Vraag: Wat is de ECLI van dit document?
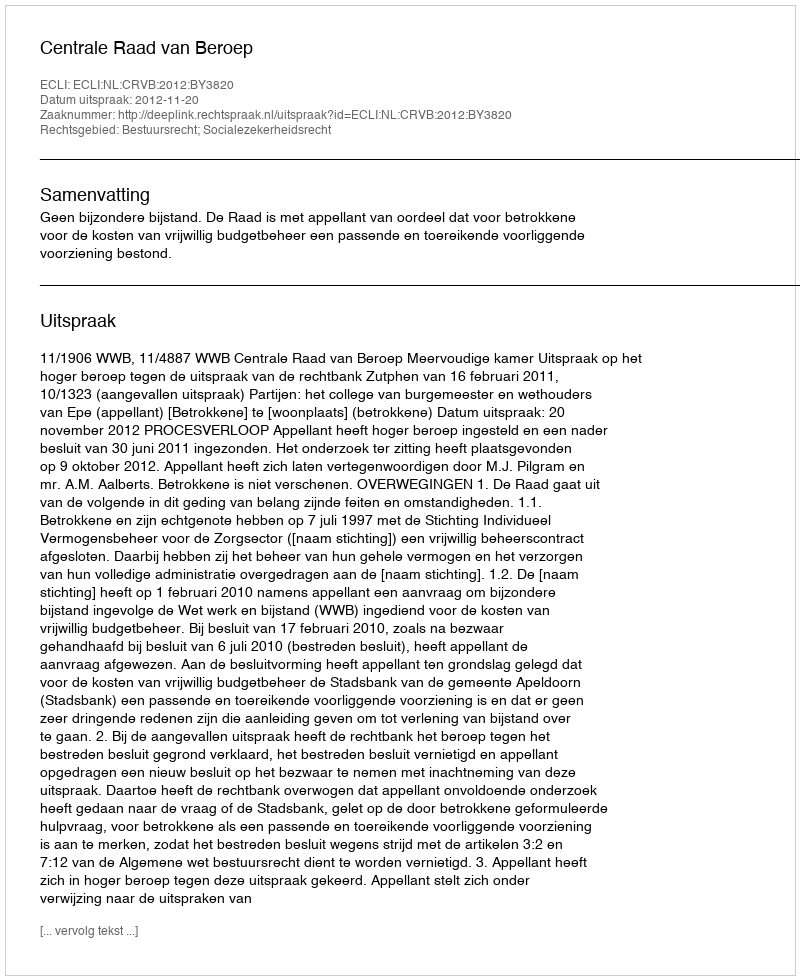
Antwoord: ECLI:NL:CRVB:2012:BY3820